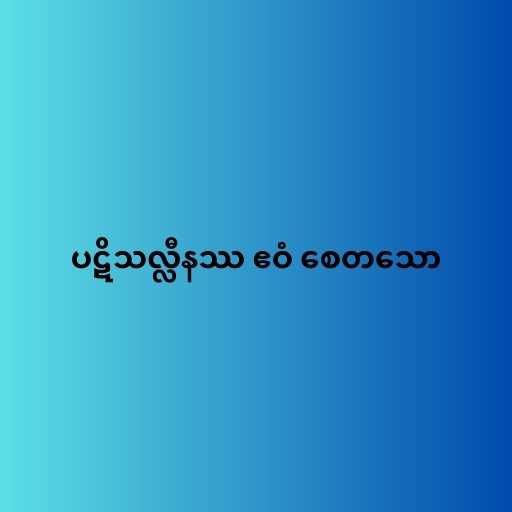
ပဋိသလ္လီနဿ ဧဝံ စေတသော